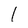
Character: I